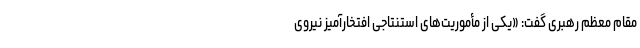
مقام معظم رهبری گفت: «یکی از مأموریت‌های استنتاجی افتخارآمیز نیروی